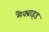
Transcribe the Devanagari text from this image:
मैक्ब्राइड